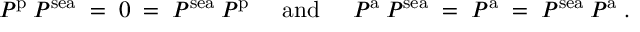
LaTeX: P ^ { \mathrm { \scriptsize { p } } } \: P ^ { \mathrm { \scriptsize { s e a } } } \; = \; 0 \; = \; P ^ { \mathrm { \scriptsize { s e a } } } \: P ^ { \mathrm { \scriptsize { p } } } \; \; \; \; \; { \mathrm { a n d } } \; \; \; \; \; P ^ { \mathrm { \scriptsize { a } } } \: P ^ { \mathrm { \scriptsize { s e a } } } \; = \; P ^ { \mathrm { \scriptsize { a } } } \; = \; P ^ { \mathrm { \scriptsize { s e a } } } \: P ^ { \mathrm { \scriptsize { a } } } \; .